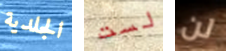
الجلدية لست لن